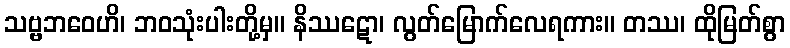
သဗ္ဗဘဝေဟိ၊ ဘဝသုံးပါးတို့မှ။ နိဿဋော၊ လွတ်မြောက်လေရကား။ တဿ၊ ထိုမြတ်စွာ